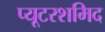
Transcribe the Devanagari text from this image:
प्यूटरशमिद